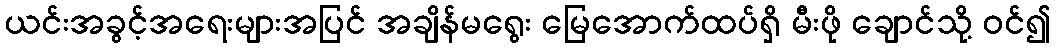
ယင်းအခွင့်အရေးများအပြင် အချိန်မရွေး မြေအောက်ထပ်ရှိ မီးဖို ချောင်သို့ ဝင်၍